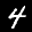
Label: 4